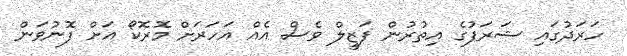
ހަރަދުގައި ޝަރަފުގެ އިތުރުން ފަޒީލް ވެސް އެއް އަހަރަށް މޮރޮކޯ އަށް ފޮނުވަން